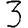
Digit: 3